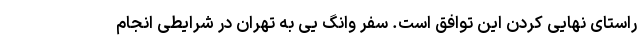
راستای نهایی کردن این توافق است. سفر وانگ یی به تهران در شرایطی انجام